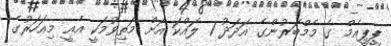
ޕީޕީއެމް ގެ މެމްބަރުންގެ އަދަދު 1 ލައްކަ އަށް މަތިވުމަކީ އެއީ މިއަހަރުގެ